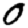
Digit: 0